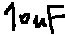
Text: 10uF